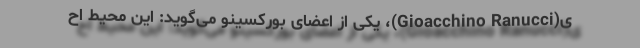
ی(Gioacchino Ranucci)، یکی از اعضای بورکسینو می‌گوید: این محیط اح